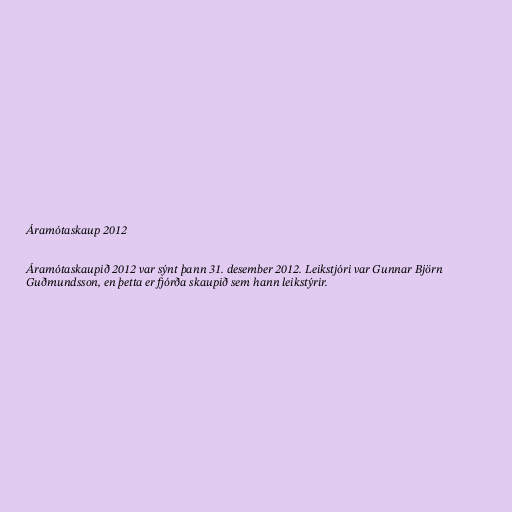
Áramótaskaup 2012

Áramótaskaupið 2012 var sýnt þann 31. desember 2012. Leikstjóri var Gunnar Björn
Guðmundsson, en þetta er fjórða skaupið sem hann leikstýrir.